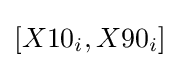
[X10_{i},X90_{i}]